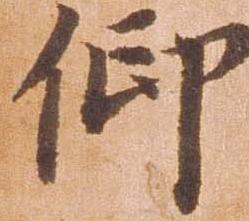
仰